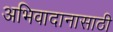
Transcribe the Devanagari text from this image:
अभिवादानासाठी